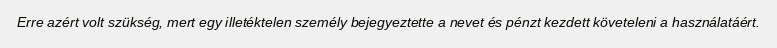
Erre azért volt szükség, mert egy illetéktelen személy bejegyeztette a nevet és pénzt kezdett követeleni a használatáért.